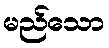
မည်သော